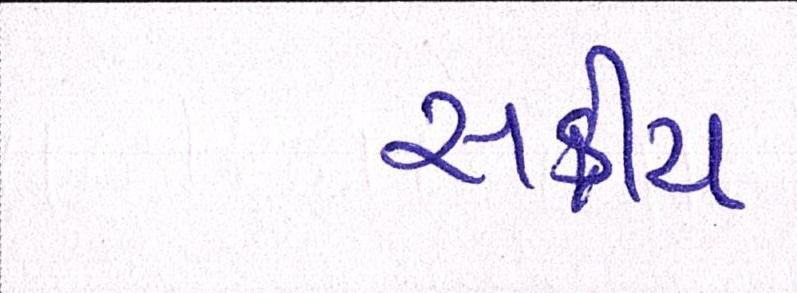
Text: સક્રીય